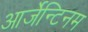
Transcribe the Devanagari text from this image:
आर्जेन्टिनम